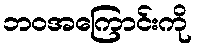
ဘဝအကြောင်းကို